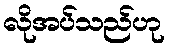
လိုအပ်သည်ဟု